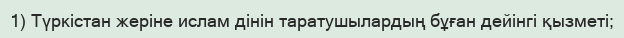
1) Түркістан жеріне ислам дінін таратушылардың бұған дейінгі қызметі;